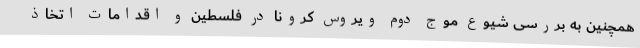
همچنین به بررسی شیوع موج دوم ویروس کرونا در فلسطین و اقدامات اتخاذ